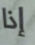
إذا